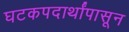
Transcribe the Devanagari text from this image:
घटकपदार्थांपासून